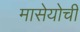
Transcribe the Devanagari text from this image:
मासेयोची